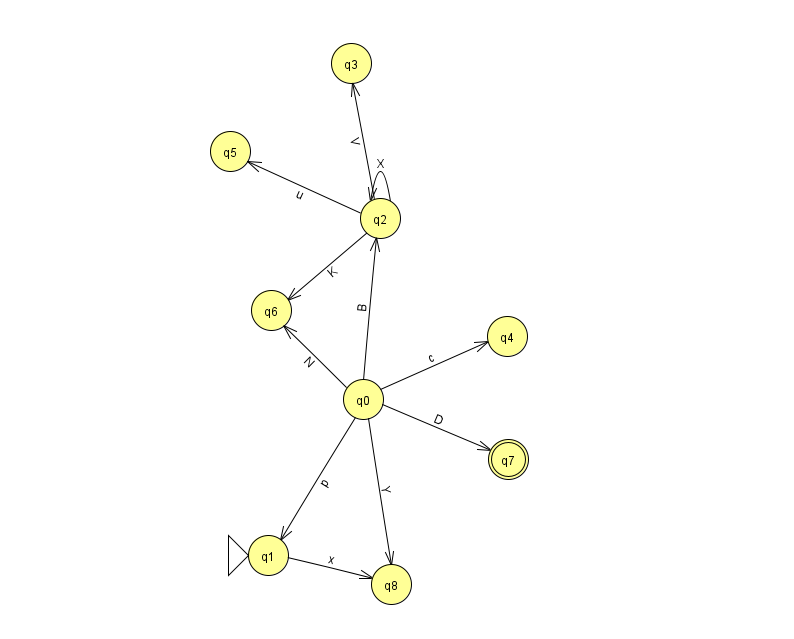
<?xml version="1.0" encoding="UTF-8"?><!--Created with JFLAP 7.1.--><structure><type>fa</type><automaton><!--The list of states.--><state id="0" name="q0"><x>363.0</x><y>386.0</y></state><state id="1" name="q1"><x>268.0</x><y>542.0</y><initial/></state><state id="2" name="q2"><x>380.0</x><y>205.0</y></state><state id="3" name="q3"><x>351.0</x><y>50.0</y></state><state id="4" name="q4"><x>507.0</x><y>323.0</y></state><state id="5" name="q5"><x>230.0</x><y>138.0</y></state><state id="6" name="q6"><x>271.0</x><y>297.0</y></state><state id="7" name="q7"><x>508.0</x><y>446.0</y><final/></state><state id="8" name="q8"><x>391.0</x><y>571.0</y></state><!--The list of transitions.--><transition><from>2</from><to>3</to><read>V</read></transition><transition><from>0</from><to>1</to><read>p</read></transition><transition><from>0</from><to>4</to><read>c</read></transition><transition><from>0</from><to>7</to><read>D</read></transition><transition><from>0</from><to>6</to><read>N</read></transition><transition><from>1</from><to>8</to><read>x</read></transition><transition><from>2</from><to>2</to><read>X</read></transition><transition><from>0</from><to>2</to><read>B</read></transition><transition><from>2</from><to>6</to><read>K</read></transition><transition><from>0</from><to>8</to><read>Y</read></transition><transition><from>2</from><to>5</to><read>u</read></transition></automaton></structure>